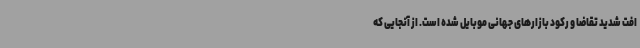
افت شدید تقاضا و رکود بازارهای جهانی موبایل شده است. از آنجایی که